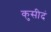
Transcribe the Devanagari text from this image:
कुसीदं